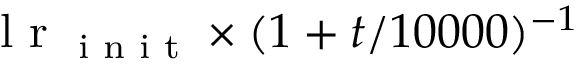
\mathrm { ~ l ~ r ~ } \textsubscript { i n i t } \times ( 1 + t / 1 0 0 0 0 ) ^ { - 1 }